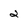
Character: 2